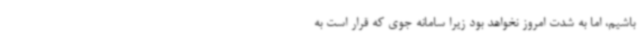
باشیم، اما به شدت امروز نخواهد بود زیرا سامانه جوی که قرار است به